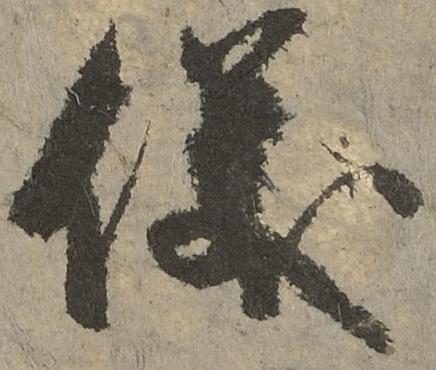
儀